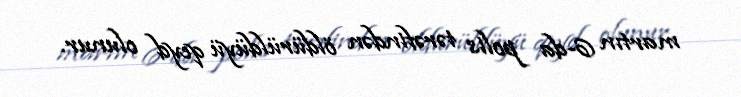
martın 6-da polis tərəfindən öldürüldüyü qeyd olunur.